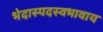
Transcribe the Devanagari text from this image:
भेदास्पदस्वभावाय